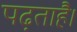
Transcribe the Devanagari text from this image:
पढ़ताहै।